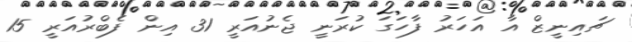
ޗައިނީޒް އާ އަހަރު ފާހަގަ ކުރަނީ ޖެނުއަރީ 31 އިން ފެބްރުއަރީ 15